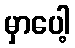
မှာပေါ့